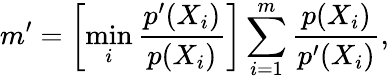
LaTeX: m^{\prime}=\left[\operatorname*{min}_{i}\frac{p^{\prime}(X_{i})}{p(X_{i})}\right]\sum_{i=1}^{m}\frac{p(X_{i})}{p^{\prime}(X_{i})},